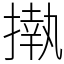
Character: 𢴇